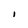
Character: I